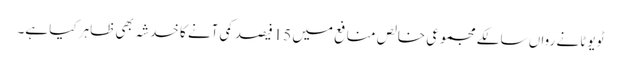
ٹویوٹا نے رواں سالکے مجموعی خالص منافع میں 15فیصد کمی آنے کا خدشہ بھی ظاہر کیا ہے۔